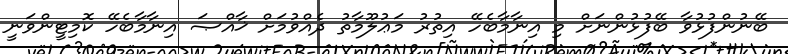
ބޭނުންފުޅުވާ ބޭފުޅުންނަށް މި އިނާމާބެހޭ އިތުރު މަޢުލޫމާތު ދެއްވުމަށް ޚާއްޞަ އިނާމާބެހޭ ކޮމިޓީންވަނީ